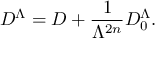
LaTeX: D ^ { \Lambda } = D + \frac { 1 } { \Lambda ^ { 2 n } } D _ { 0 } ^ { \Lambda } .